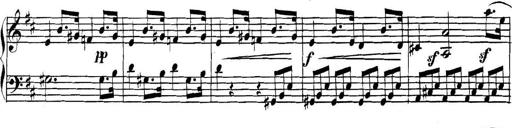
Title: Collected Piano Sonatas
Composer: Muzio Clementi